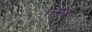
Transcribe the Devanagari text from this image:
स्मिथों